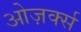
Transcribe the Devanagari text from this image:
ओज़र्क्स